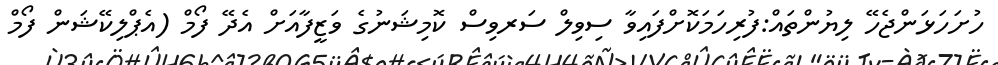
ހުށަހަޅަންޖެހޭ ލިޔުންތައް:ފުރިހަމަކޮށްފައިވާ ސިވިލް ސަރވިސް ކޮމިޝަނުގެ ވަޒީފާއަށް އެދޭ ފޯމް (އެޕްލިކޭޝަން ފޯމް